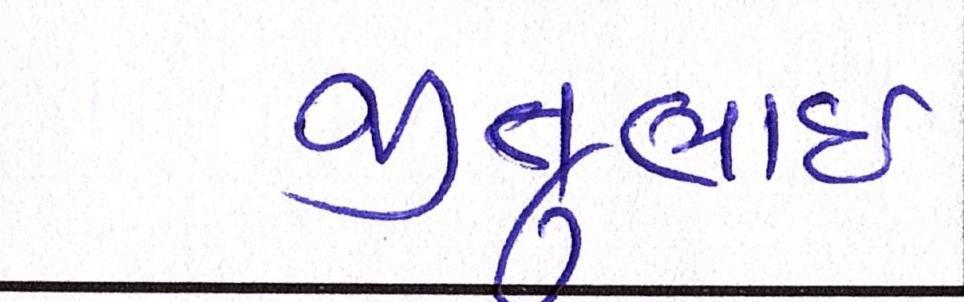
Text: જીતુભાઈ